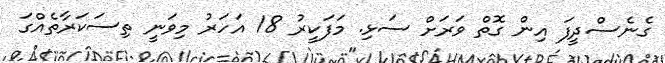
ގެނެސްދީފަ އިން ގޮތް ވަރަށް ސަޅި. މަފަކީރު 18 އަހަރު މިވަނީ ތިސަކަރާތެއްގަ